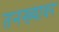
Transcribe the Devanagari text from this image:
तनख्यावर